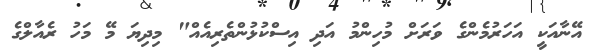
އޭނާއަކީ އަހަރުމެންގެ ވަރަށް މުހިންމު އަދި އިސްކުޅުންތެރިއެއް" މިދިޔަ މޭ މަހު ރެއާލްގެ